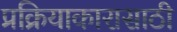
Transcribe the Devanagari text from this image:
प्रक्रियाकारासाठी